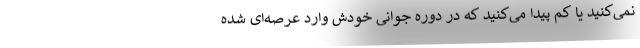
نمی‌کنید یا کم پیدا می‌کنید که در دوره جوانی خودش وارد عرصه‌ای شده